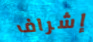
إشراف